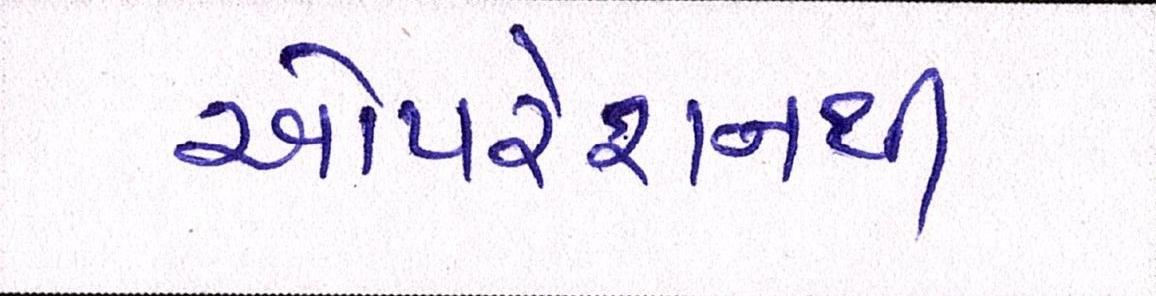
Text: ઓપરેશનથી